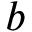
b